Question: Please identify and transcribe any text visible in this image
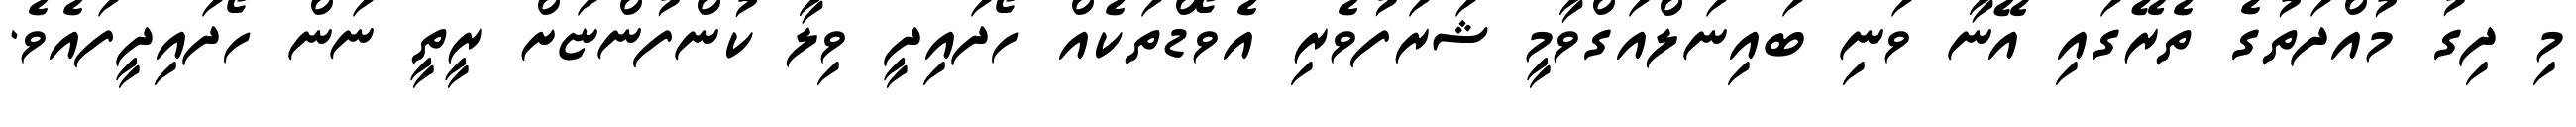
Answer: މި ދިގު މުއްދަތުގެ ތެރޭގައި އޭނާ ވަނި ބައިނަލްއަގްވާމީ ޝަރަފުވެރި އެވޯޑްތަކެއް ހޯދައިދީ ވިލާ ކުންފުންޏަށް ރީތީ ނަން ހޯދައިދީފައެވެ.